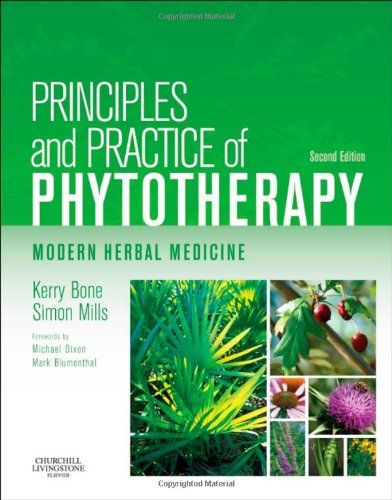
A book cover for Principles and Practice of Phytotherapy: Modern Herbal Medicine, 2e; Kerry Bone MCPP  FNHAA  FNIMH  DipPhyto  Bsc(Hons); Health, Fitness & Dieting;